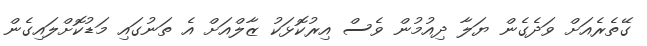
ގޭތެރެއަށް ވަދެގެން ޔަލާ ދިއުމުން ވެސް އިރުކޮޅަކު ޒާލްއަށް އެ ތަނުގައި މަޑުކޮށްލައިގެން